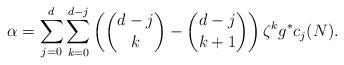
LaTeX: \begin{align*}\alpha = \sum_{j=0}^{d}\sum_{k=0}^{d-j}\left({d-j \choose k}-{d-j \choose k+1}\right)\zeta^{k}g^{*}c_{j}(N).\end{align*}